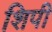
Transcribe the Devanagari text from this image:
शिपी